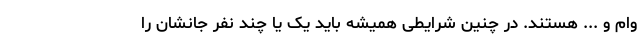
وام و ... هستند. در چنین شرایطی همیشه باید یک یا چند نفر جانشان را